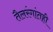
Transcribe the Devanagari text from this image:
तैलरंगांतही